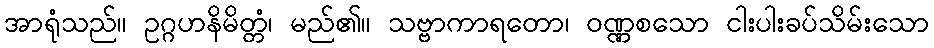
အာရုံသည်။ ဥဂ္ဂဟနိမိတ္တံ၊ မည်၏။ သဗ္ဗာကာရတော၊ ဝဏ္ဏစသော ငါးပါးခပ်သိမ်းသော